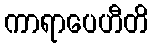
ကာရာပေဟီတိ